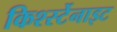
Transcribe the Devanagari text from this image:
किर्श्स्टेनाइट